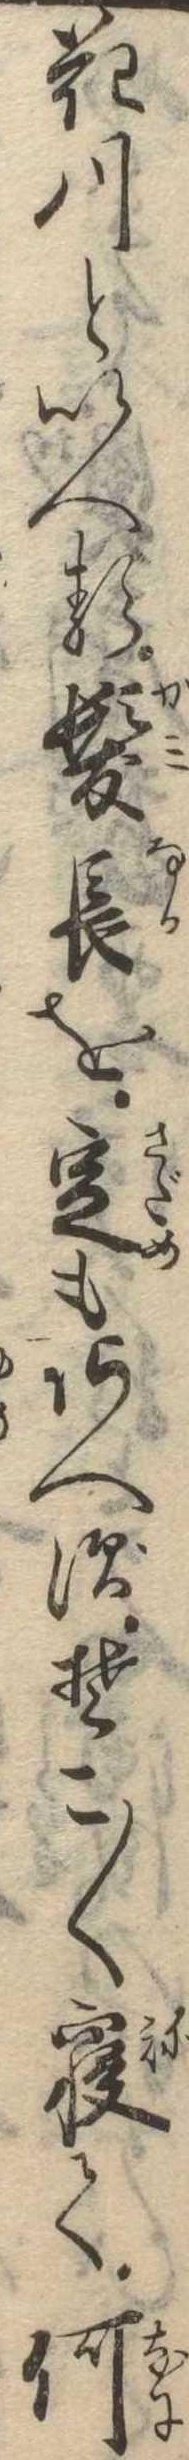
花川といへる髪長を定もあへずそこ〱寝て何